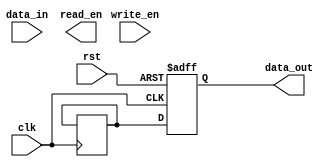
module fifo_buffer(
    input wire clk,
    input wire rst,
    input wire write_en,
    input wire [7:0] data_in,
    output wire read_en,
    output wire [7:0] data_out
);

// FIFO depth
parameter FIFO_DEPTH = 16;

// FIFO memory
reg [7:0] fifo_mem [0:FIFO_DEPTH-1];

// Write and read pointers
reg [3:0] wr_ptr = 4'b0000;
reg [3:0] rd_ptr = 4'b0000;

// Full and empty flags
reg full = 1'b0;
reg empty = 1'b1;

// State machine states
parameter IDLE = 2'b00;
parameter WRITE = 2'b01;
parameter READ = 2'b10;

// State machine signals
reg [1:0] state = IDLE;
reg next_state;

// Write and read control signals
reg wr_en = 1'b0;
reg rd_en = 1'b0;

// Synchronization flip-flop
reg [7:0] data_out_sync;

// Timing control block
always @(posedge clk or posedge rst) begin
    if (rst) begin
        wr_ptr <= 4'b0000;
        rd_ptr <= 4'b0000;
        full <= 1'b0;
        empty <= 1'b1;
        state <= IDLE;
    end else begin
        case(state)
            IDLE: begin
                if (write_en && !full) begin
                    next_state = WRITE;
                end else if (read_en && !empty) begin
                    next_state = READ;
                end else begin
                    next_state = IDLE;
                end
            end
            WRITE: begin
                if (wr_en) begin
                    fifo_mem[wr_ptr] <= data_in;
                    wr_ptr <= wr_ptr + 1;
                    full <= (wr_ptr == rd_ptr + FIFO_DEPTH);
                    empty <= 0;
                    next_state = IDLE;
                end
            end
            READ: begin
                if (rd_en) begin
                    data_out_sync <= fifo_mem[rd_ptr];
                    rd_ptr <= rd_ptr + 1;
                    full <= 0;
                    empty <= (rd_ptr == wr_ptr);
                    next_state = IDLE;
                end
            end
        endcase
    end
end

// Data synchronization block
always @(posedge clk or posedge rst) begin
    if (rst) begin
        data_out <= 8'b0;
    end else begin
        data_out <= data_out_sync;
    end
end

endmodule